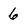
Character: 6